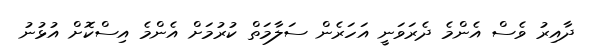
ދާއިރު ވެސް އެންމެ ދެރަވަނީ އަހަރެން ސަލާމަތް ކުރުމަށް އެންމެ އިސްކޮށް އުޅުނު